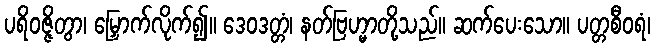
ပရိဝဇ္ဇိတွာ၊ မြှောက်လိုက်၍။ ဒေဝဒတ္တံ၊ နတ်ဗြဟ္မာတို့သည်။ ဆက်ပေးသော။ ပတ္တစီဝရံ၊